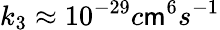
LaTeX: k_{3}\approx10^{-29}c\mathsf{m}^{6}s^{-1}